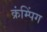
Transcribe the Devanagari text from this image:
क्रंम्पिंग